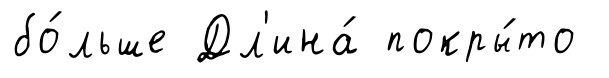
бо́льше Дл'ина́ покры́то